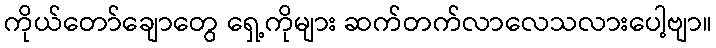
ကိုယ်တော်ချောတွေ ရှေ့ကိုများ ဆက်တက်လာလေသလားပေါ့ဗျာ။